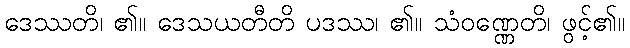
ဒေဿတိ၊ ၏။ ဒေသယတီတိ ပဒဿ၊ ၏။ သံဝဏ္ဏေတိ၊ ဖွင့်၏။